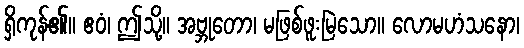
ရှိကုန်၏။ ဧဝံ၊ ဤသို့။ အဗ္ဘုတော၊ မဖြစ်ဖူးမြဲသော။ လောမဟံသနော၊